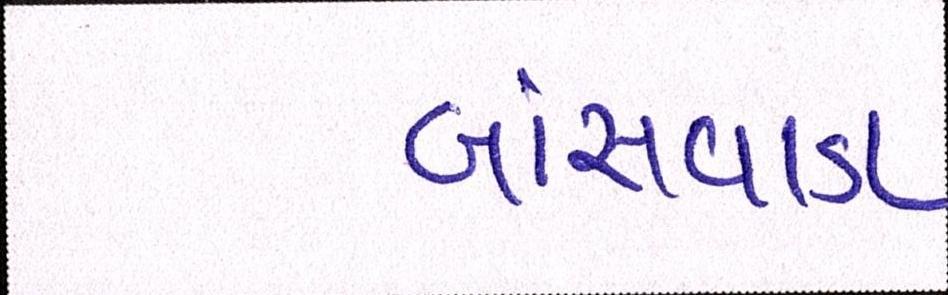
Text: બાંસવાડા